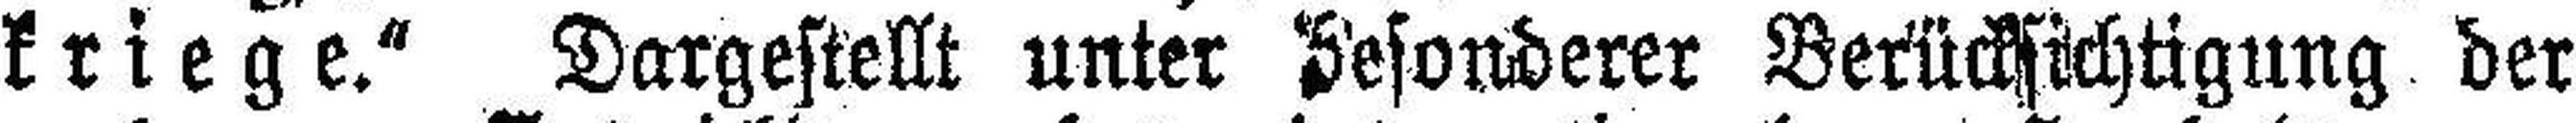
kriege." Dargestellt unter besonderer Berücksichtigung der